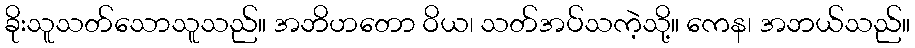
ခိုးသူသတ်သောသူသည်။ အဘိဟတော ဝိယ၊ သတ်အပ်သကဲ့သို့။ ကေန၊ အဘယ်သည်။